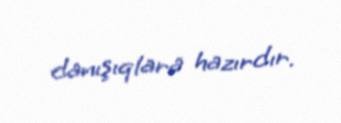
danışıqlara hazırdır.